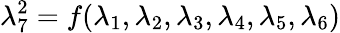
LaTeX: \lambda_{7}^{2}=f(\lambda_{1},\lambda_{2},\lambda_{3},\lambda_{4},\lambda_{5},\lambda_{6})